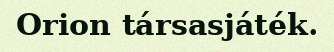
Orion társasjáték.